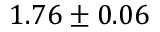
1 . 7 6 \pm 0 . 0 6